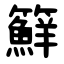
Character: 䉳